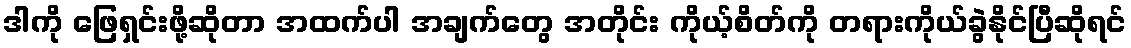
ဒါကို ဖြေရှင်းဖို့ဆိုတာ အထက်ပါ အချက်တွေ အတိုင်း ကိုယ့်စိတ်ကို တရားကိုယ်ခွဲနိုင်ပြီဆိုရင်